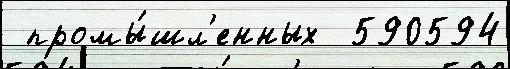
 промы́шл'енных  590594